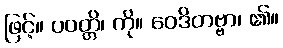
ဖြင့်။ ပဝတ္တိ၊ ကို။ ဝေဒိတဗ္ဗာ၊ ၏။